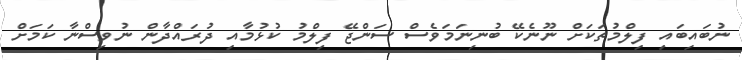
ނުބައިބައި ފިލްމުތަކަށް ނޫނެކޭ ބުނިނަމަވެސް ސަންޖޭ ފިލްމު ކުޅުމާއި ދުރައްދާން ނުވިސްނާ ކަމަށް